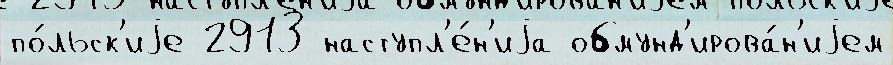
по́льск'иjе 2913 наступл'е́н'иjа обмунд'ирова́н'иjем